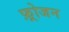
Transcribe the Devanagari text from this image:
फ़्रोजन